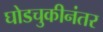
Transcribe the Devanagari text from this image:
घोडचुकीनंतर